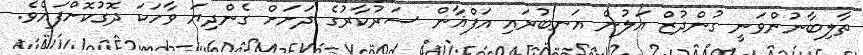
ތާލިބާނުންވަނީ ގުންދުޒް އަލުން އަނބުރައި އަފްޣާން ސަރުކާރުގެ ދަށަށް ގެންދިޔަ ވާހަކަ ދޮގުކޮށްފައެވެ.